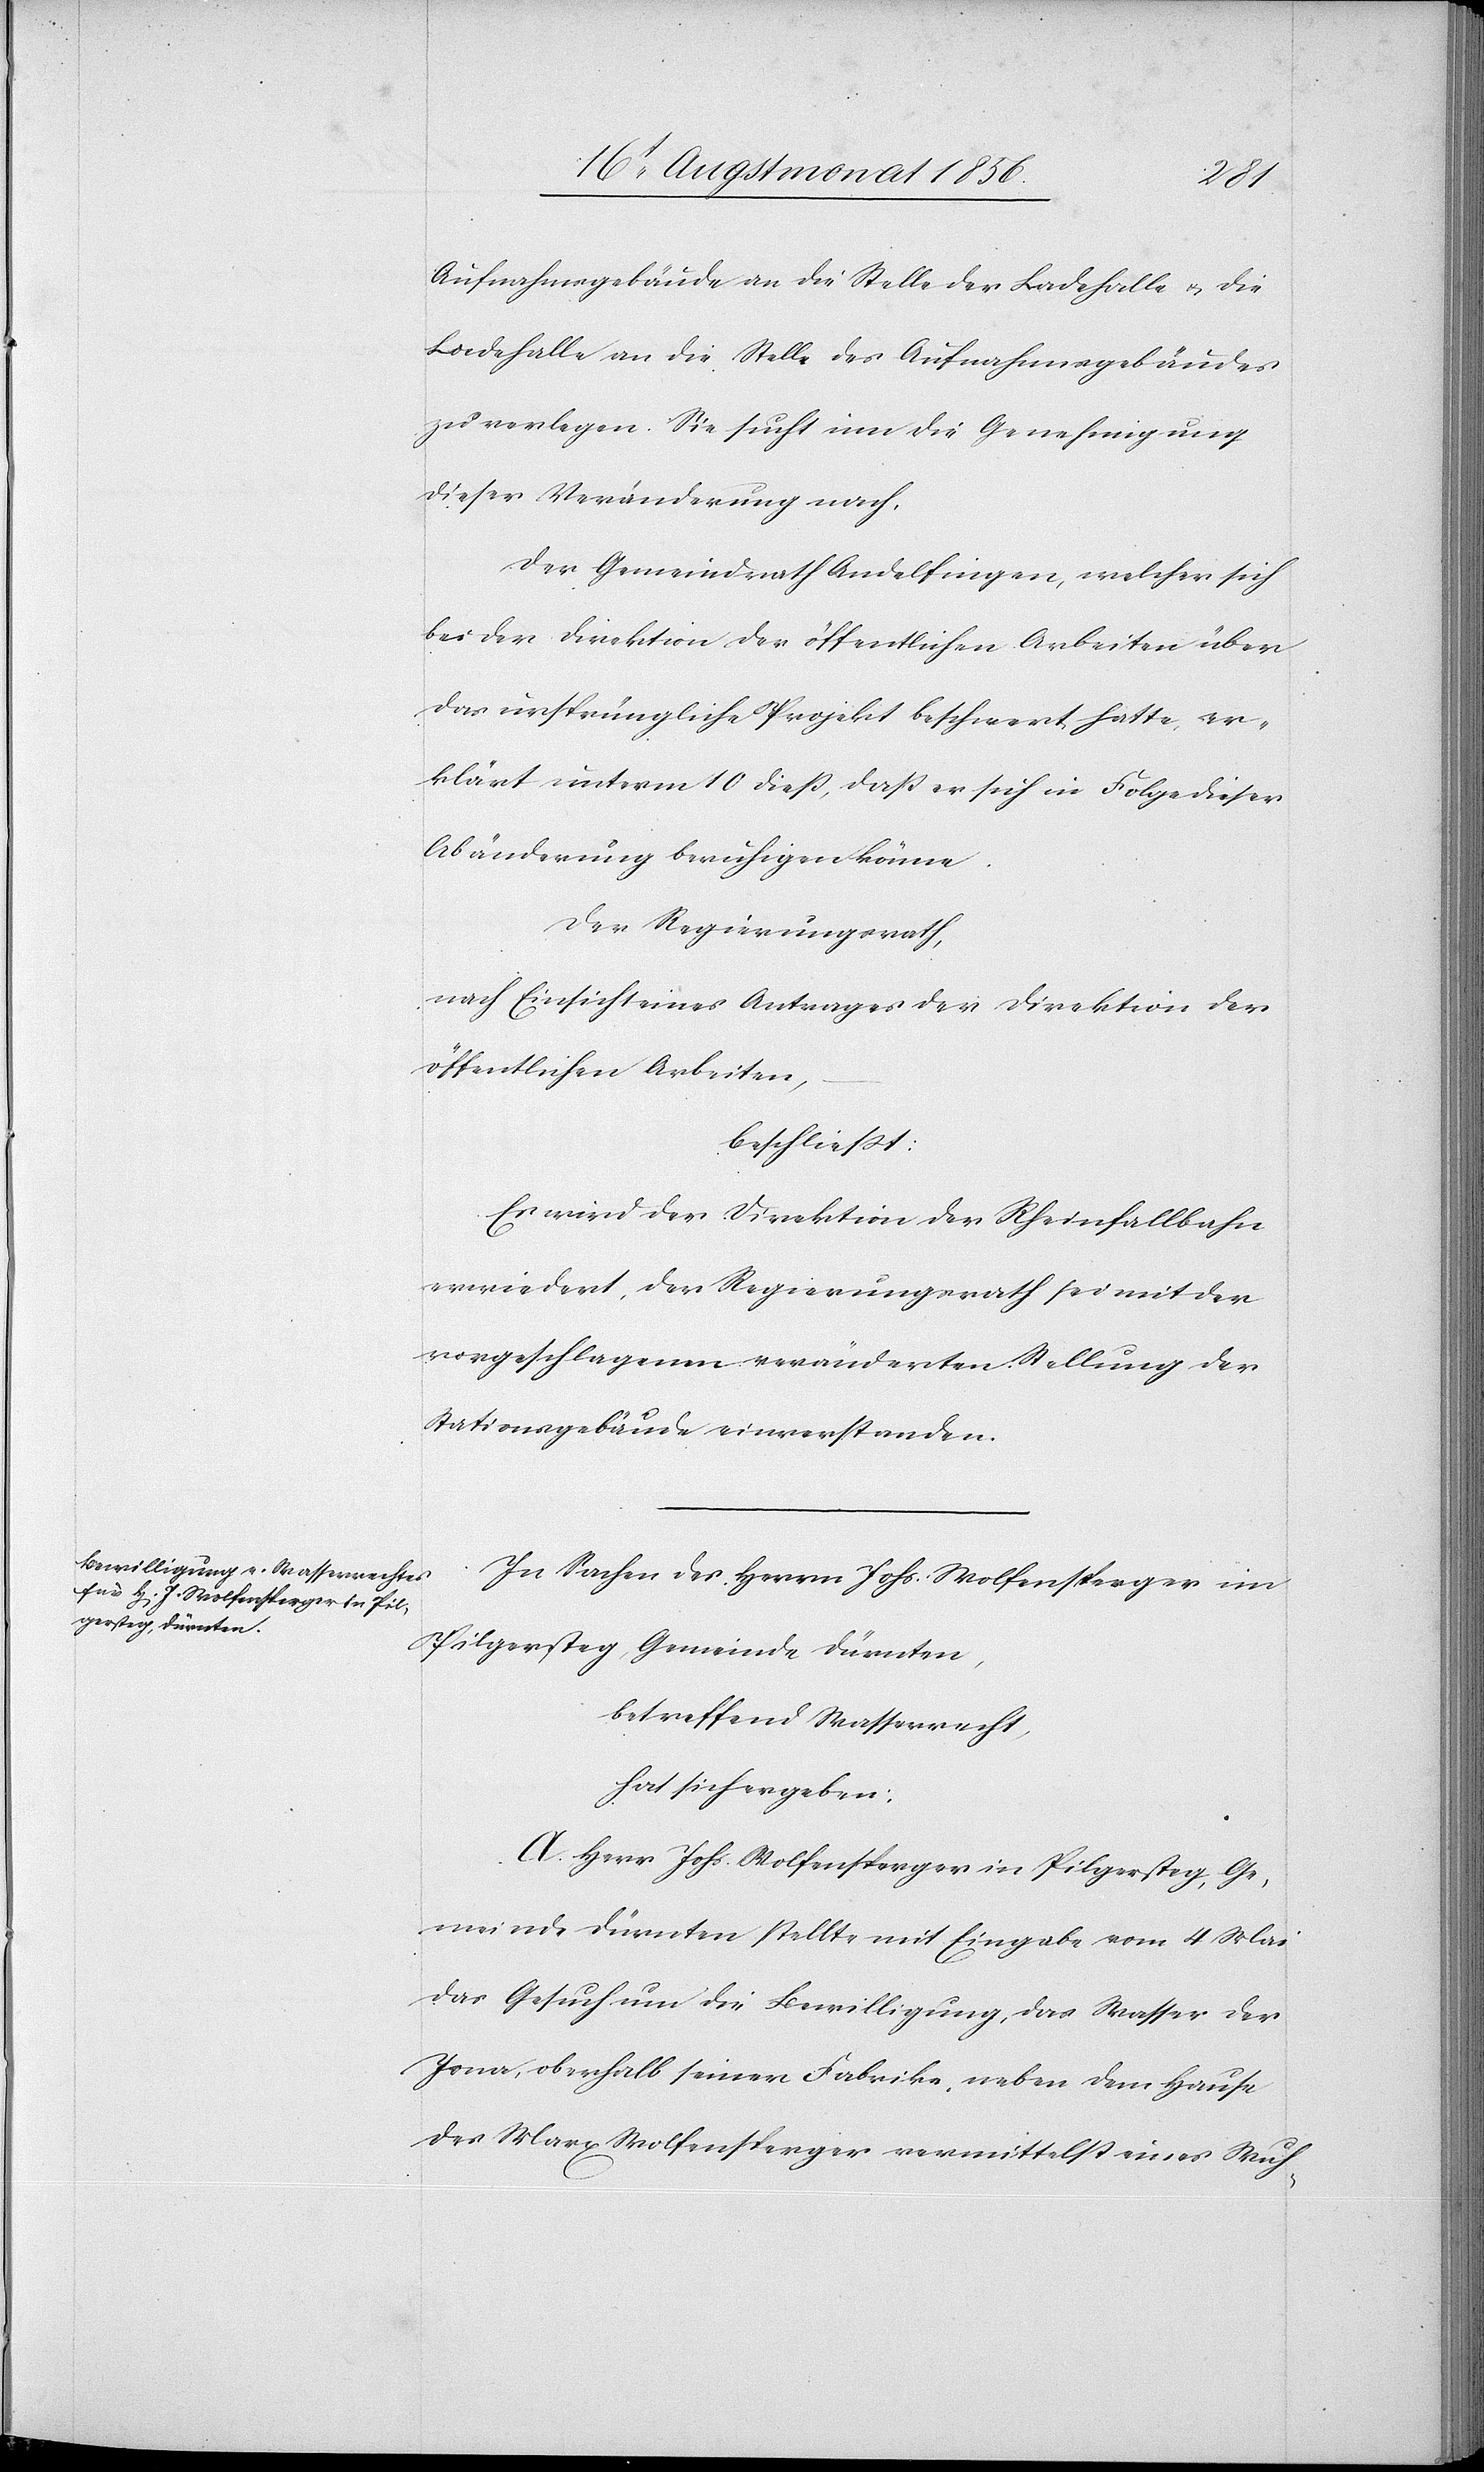
Aufnahmsgebäude an die Stelle der Ladehalle u. die
Ladehalle an die Stelle des Aufnahmsgebäudes
zu verlegen. Sie sucht um die Genehmigung
dieser Veränderung nach.
Der Gemeindrath Andelfingen, welcher sich
bei der Direktion der öffentlichen Arbeiten über
das ursprüngliche Projekt beschwert hatte, er¬
klärt unterm 10 diess, dass er sich in Folge dieser
Abänderung beruhigen könne.
Der Regierungsrath,
nach Einsicht eines Antrages der Direktion der
öffentlichen Arbeiten,
beschliesst:
Es wird der Direktion der Rheinfallbahn
erwiedert, der Regierungsrath sei mit der
vorgeschlagenen veränderten Stellung der
Stationsgebäude einverstanden.
In Sachen des Herrn Johs. Wolfensperger im
Pilgersteg, Gemeinde Dürnten,
betreffend Wasserrecht,
hat sich ergeben:
A. Herr Johs. Wolfensperger in Pilgersteg, Ge¬
meinde Dürnten stellte mit Eingabe vom 4 Mai
das Gesuch um die Bewilligung, das Wasser der
Jona, oberhalb seiner Fabrike, neben dem Hause
des Marx Wolfensperger vermittelst eines Wuh-